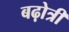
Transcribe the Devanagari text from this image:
बढ़ोत्री